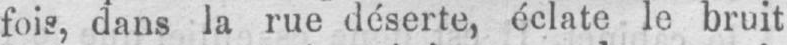
fois, dans la rue déserte, éclate le bruit